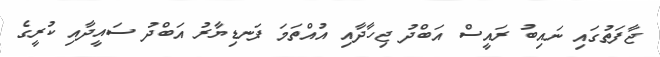
ޖާފަތުގައި ނައިބު ރައީސް އަބްދު ޖިހާދާއި އުއްތަމަ ފަނޑިޔާރު އަބްދު ސައީދާއި ކުރީގެ